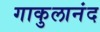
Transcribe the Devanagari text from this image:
गाकुलानंद